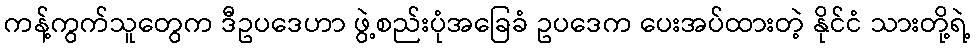
ကန့်ကွက်သူတွေက ဒီဥပဒေဟာ ဖွဲ့စည်းပုံအခြေခံ ဥပဒေက ပေးအပ်ထားတဲ့ နိုင်ငံ သားတို့ရဲ့